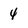
Character: 4